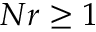
N r \geq 1